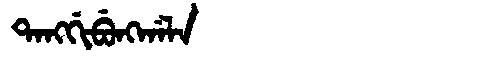
Manchu: ᡨᠠᠩᡤᡳᠪᡠᠩᡤᠠᠯᠠ
Romanization: TANGGIBUNGGALA